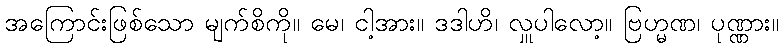
အကြောင်းဖြစ်သော မျက်စိကို။ မေ၊ ငါ့အား။ ဒဒါဟိ၊ လှူပါလော့။ ဗြဟ္မဏ၊ ပုဏ္ဏား။